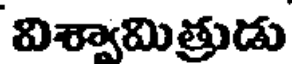
విశ్వామిత్రుడు